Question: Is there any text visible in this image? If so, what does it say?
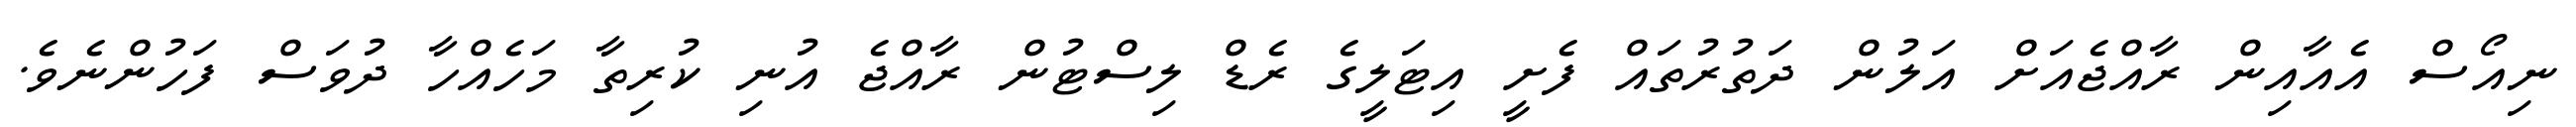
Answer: ނިއޯސް އެއާއިން ރާއްޖެއަށް އަލުން ދަތުރުތައް ފެށީ އިޓަލީގެ ރެޑް ލިސްޓުން ރާއްޖެ އުނި ކުރިތާ މަހެއްހާ ދުވަސް ފަހުންނެވެ.